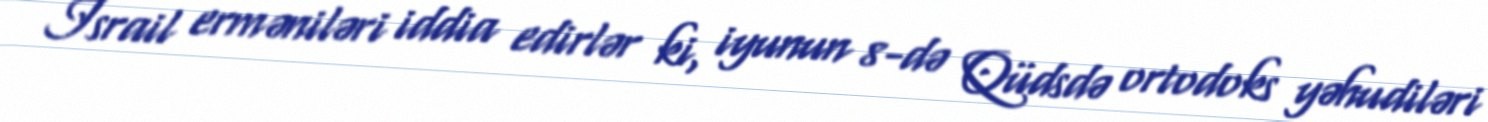
İsrail erməniləri iddia edirlər ki, iyunun 8-də Qüdsdə ortodoks yəhudiləri